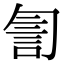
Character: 𧥻